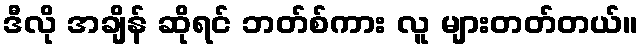
ဒီလို အချိန် ဆိုရင် ဘတ်စ်ကား လူ များတတ်တယ်။